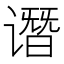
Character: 谮